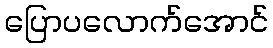
ပြောပလောက်အောင်